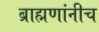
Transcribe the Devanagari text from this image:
ब्राह्मणांनीच